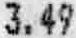
3.49